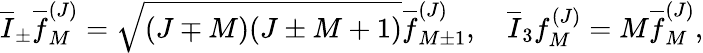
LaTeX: \overline{{I}}_{\pm}\overline{{f}}_{M}^{(J)}=\sqrt{(J\mp M)(J\pm M+1)}\overline{{f}}_{M\pm 1}^{(J)},\quad\overline{{I}}_{3}f_{M}^{(J)}=M\overline{{f}}_{M}^{(J)},